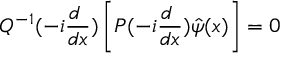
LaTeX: Q ^ { - 1 } ( - i \frac { d ~ } { d x } ) \left[ P ( - i \frac { d ~ } { d x } ) \hat { \psi } ( x ) \right] = 0